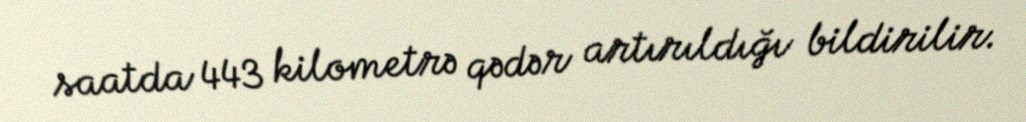
saatda 443 kilometrə qədər artırıldığı bildirilir.